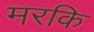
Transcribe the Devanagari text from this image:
मरकि